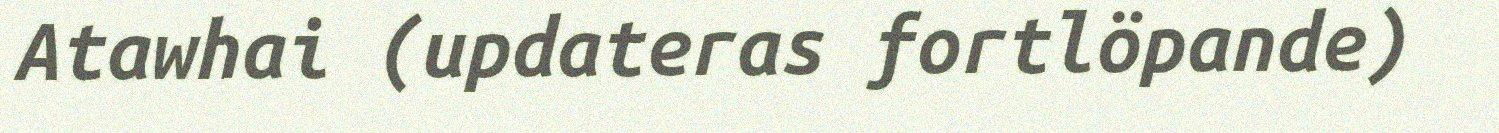
Atawhai (updateras fortlöpande)